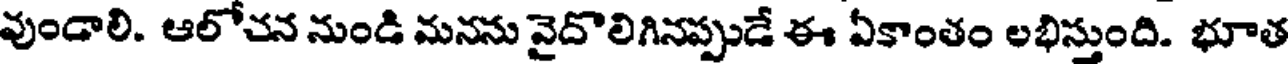
వుండాలి. ఆలోచన నుండి మనను వైదొలిగినప్పుడే ఈ ఏకాంతం లభిస్తుంది. భూత